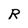
Character: R